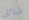
فلاش